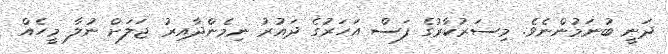
ދަނީ ބުނަމުންނެވެ. މިސަރުކާރުގެ ފަސް އަހަރުގެ ދައުރު ނިމެންދާއިރު ޖަލަށް ނުލާ މީހެއް